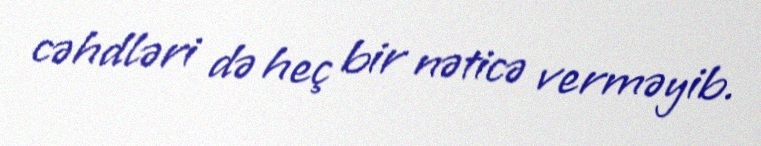
cəhdləri də heç bir nəticə verməyib.